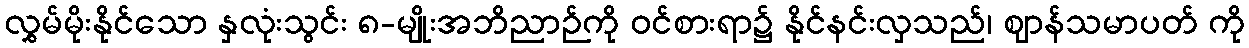
လွှမ်မိုးနိုင်သော နှလုံးသွင်း ၈-မျိုးအဘိညာဉ်ကို ဝင်စားရာ၌ နိုင်နင်းလှသည်၊ ဈာန်သမာပတ် ကို